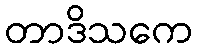
တာဒိသကေ